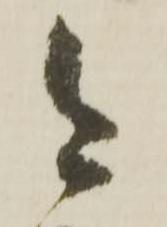
今